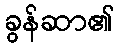
ခွန်ဆာ၏